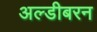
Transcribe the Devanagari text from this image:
अल्डीबरन